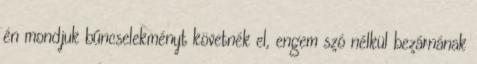
én mondjuk bűncselekményt követnék el, engem szó nélkül bezárnának